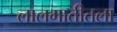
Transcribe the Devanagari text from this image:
लालमातीतला